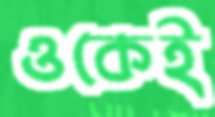
ওকেই